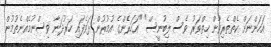
އަހަންނަށް ކެތްތެރިވާން ހިތްވަރު ވެސް ލިބުނީސް" "އަހަރެންގެ އުމުރުން ޅަވެފައި ހަރުދަނާ ވިސްނުމެއްނެތުމުން